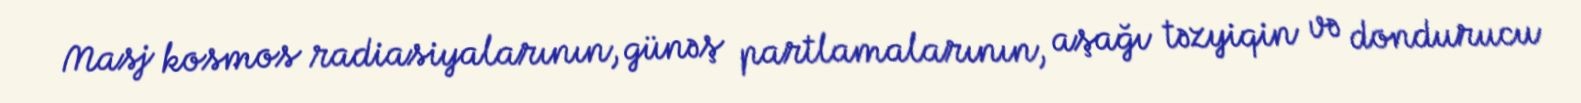
Masj kosmos radiasiyalarının, günəş partlamalarının, aşağı təzyiqin və dondurucu